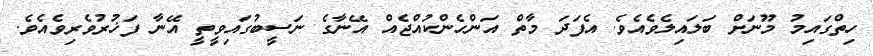
ހިތްގައިމު މޫނަށް ބަލައިލެވެއެވެ. އެފަދަ މާތް އަންހެންކުއްޖެއް އޭނާގެ ނަސީބުގައިވީތީ އޭނާ ފަޚުރުވެރިވެއެވެ.